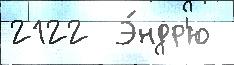
2122  Э́ндр'ю